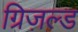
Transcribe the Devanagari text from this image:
ग्रिज़ल्ड